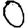
Digit: 0